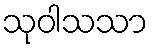
သုဝါသသာ